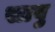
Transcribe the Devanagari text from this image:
सावु